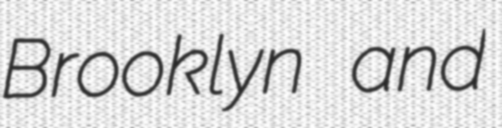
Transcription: Brooklyn and